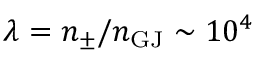
\lambda = n _ { \mathrm { \pm } } / n _ { \mathrm { G J } } \sim 1 0 ^ { 4 }